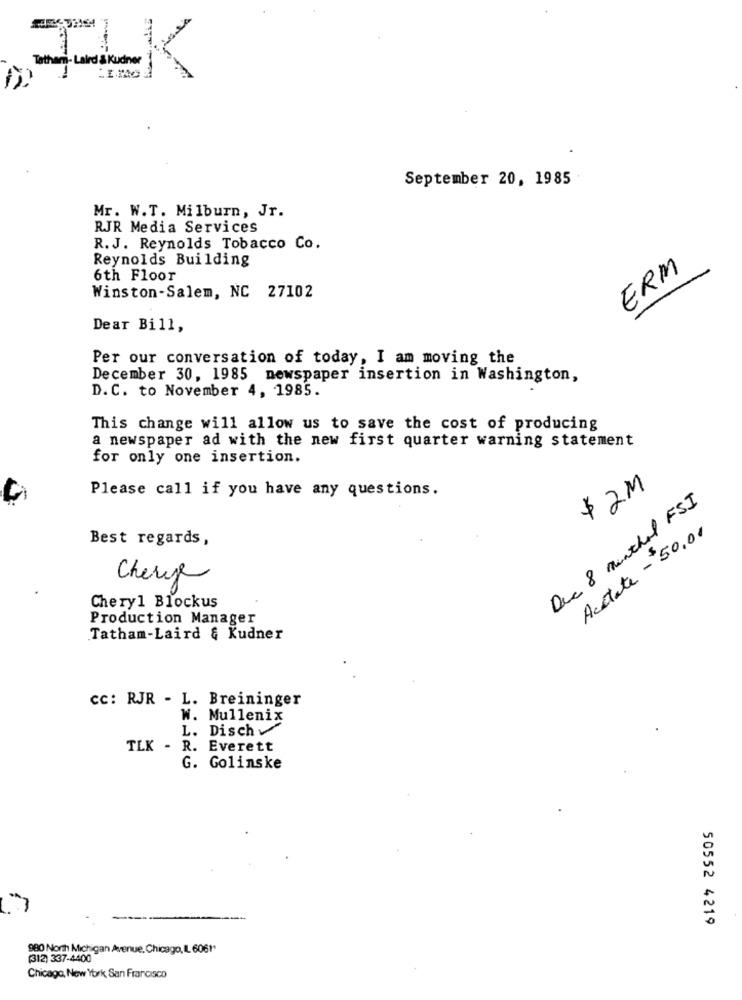
ILK
September 20, 1985
Mr. W.T. Milburn, Jr.
RJR Media Services
R.J. Reynolds Tobacco Co.
Reynolds Building
ERM
6th Floor
Winston-Salem, NC 27102
Dear Bill,
Per our conversation of today, I am moving the
December 30, 1985 newspaper insertion in Washington,
D. C. to November 4, 1985.
This change will allow us to save the cost of producing
a newspaper ad with the new first quarter warning statement
for only one insertion.
Please call if you have any questions.
$ 2M
Dec 8 menthol FSI
Acetate - 50,00
Best regards,
Cherye
Cheryl Blockus
Production Manager
Tatham-Laird & Kudner
cc: RJR - L. Breininger
W. Mullenix
L. Dischv
TLK - R. Everett
G. Golinske
50552 4219
980 North Michigan Avenue, Chicago,IL 6061"
(312) 337-4400
Chicago, New York, San Francisco